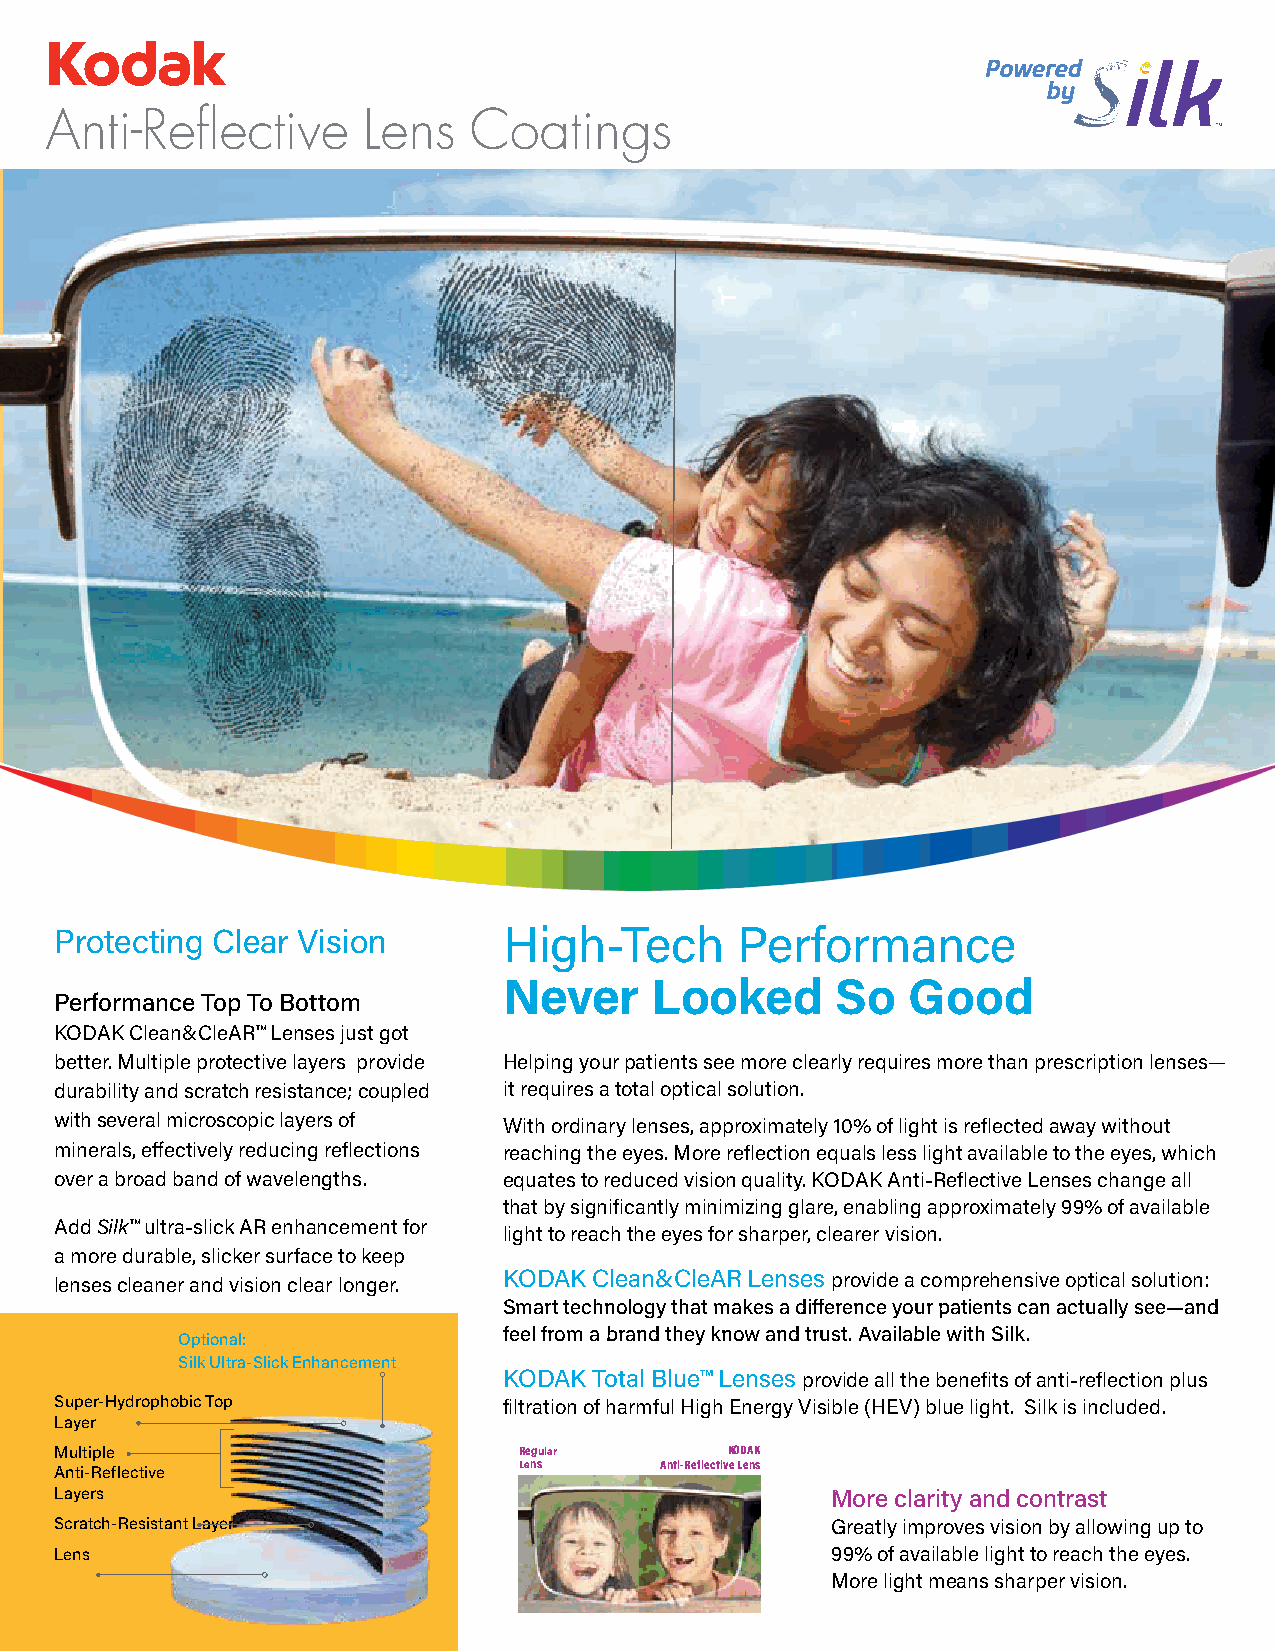
Protecting Clear Vision      High-Tech       Performance
 Never     Looked      So   Good
 Performance Top To Bottom
 KODAK Clean&CleAR™ Lenses just got
 better. Multiple protective layers provide Helping your patients see more clearly requires more than prescription lenses—
 durability and scratch resistance; coupled it requires a total optical solution.
 with several microscopic layers of With ordinary lenses, approximately 10% of light is reflected away without
 minerals, effectively reducing reflections reaching the eyes. More reflection equals less light available to the eyes, which
 over a broad band of wavelengths. equates to reduced vision quality. KODAK Anti-Reflective Lenses change all
 that by significantly minimizing glare, enabling approximately 99% of available
 Add Silk™ ultra-slick AR enhancement for
 light to reach the eyes for sharper, clearer vision.
 a more durable, slicker surface to keep
 lenses cleaner and vision clear longer. KODAK Clean&CleAR Lenses provide a comprehensive optical solution:
 Smart technology that makes a difference your patients can actually see—and
 feel from a brand they know and trust. Available with Silk.
 Optional:
 Silk Ultra-Slick Enhancement
 KODAK Total Blue™ Lenses provide all the benefits of anti-reflection plus
 Super-Hydrophobic Top        filtration of harmful High Energy Visible (HEV) blue light. Silk is included.
 Layer
 Multiple                      Regular       KODAK
 Lens      Anti-Reflective Lens
 Anti-Reflective
 Layers                                             More clarity and contrast
 Scratch-Resistant Layer                            Greatly improves vision by allowing up to
 Lens                                               99% of available light to reach the eyes.
 More light means sharper vision.